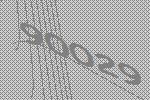
90029